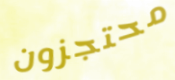
محتجزون